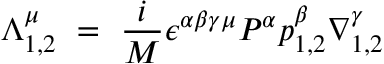
\Lambda _ { 1 , 2 } ^ { \mu } ~ = ~ { \frac { i } { M } } \epsilon ^ { \alpha \beta \gamma \mu } P ^ { \alpha } p _ { 1 , 2 } ^ { \beta } \nabla _ { 1 , 2 } ^ { \gamma }